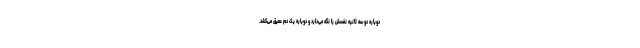
دوباره دو سه ثانیه نفسش را نگه می‌دارد و دوباره یک دم عمیق می‌کشد.